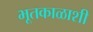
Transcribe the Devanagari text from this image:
भूतकाळाशी